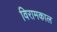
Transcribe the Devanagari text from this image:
विरामकाल